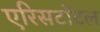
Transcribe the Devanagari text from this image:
एरिसटॉटल